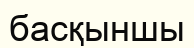
басқыншы